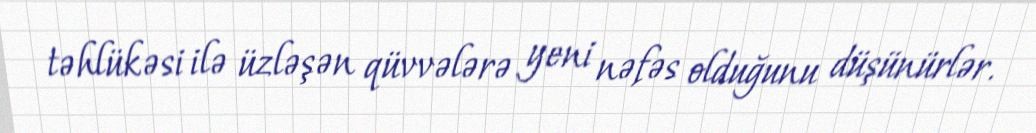
təhlükəsi ilə üzləşən qüvvələrə yeni nəfəs olduğunu düşünürlər.